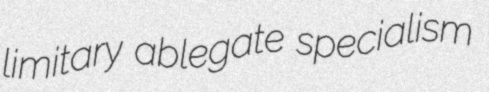
limitary ablegate specialism